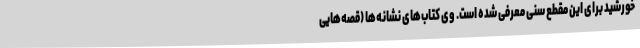
خورشید برای این مقطع سنی معرفی شده است. وی کتاب‌های نشانه‌ها (قصه‌هایی